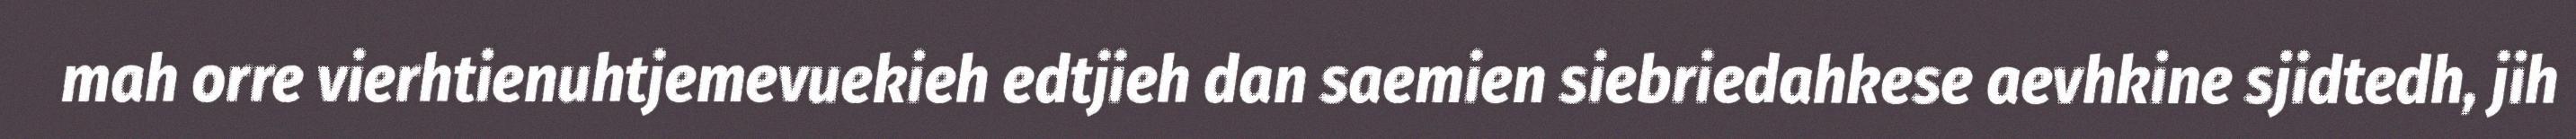
mah orre vierhtienuhtjemevuekieh edtjieh dan saemien siebriedahkese aevhkine sjidtedh, jih